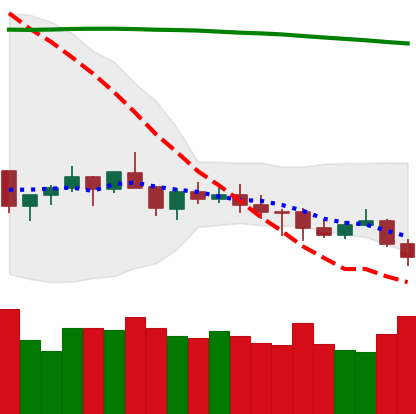
Ticker: XMR-USD
Chart end date: 2021-07-20
Forward return: 16.598%
Label: up_7plus